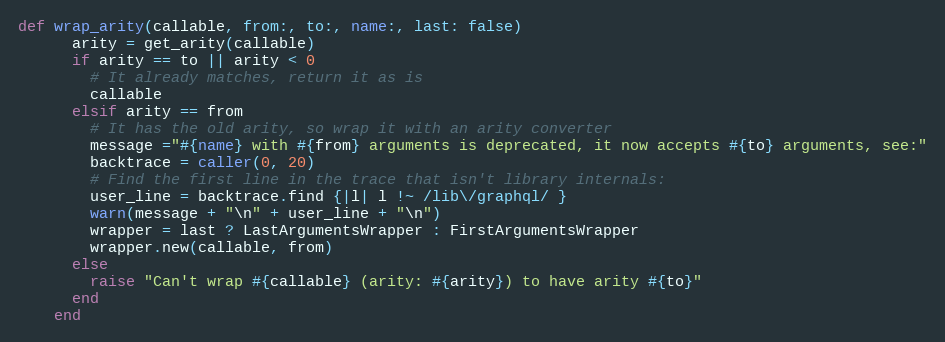
Language: Ruby
def wrap_arity(callable, from:, to:, name:, last: false)
      arity = get_arity(callable)
      if arity == to || arity < 0
        # It already matches, return it as is
        callable
      elsif arity == from
        # It has the old arity, so wrap it with an arity converter
        message ="#{name} with #{from} arguments is deprecated, it now accepts #{to} arguments, see:"
        backtrace = caller(0, 20)
        # Find the first line in the trace that isn't library internals:
        user_line = backtrace.find {|l| l !~ /lib\/graphql/ }
        warn(message + "\n" + user_line + "\n")
        wrapper = last ? LastArgumentsWrapper : FirstArgumentsWrapper
        wrapper.new(callable, from)
      else
        raise "Can't wrap #{callable} (arity: #{arity}) to have arity #{to}"
      end
    end